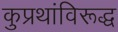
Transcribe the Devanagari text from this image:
कुप्रथांविरूद्ध